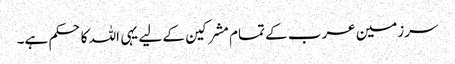
سرزمین عرب کے تمام مشرکین کے لیے یہی اللہ کا حکم ہے۔